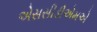
એસસીડીએમએ